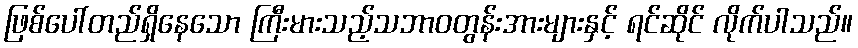
ဖြစ်ပေါ်တည်ရှိနေသော ကြီးမားသည့်သဘာဝတွန်းအားများနှင့် ရင်ဆိုင် လိုက်ပါသည်။